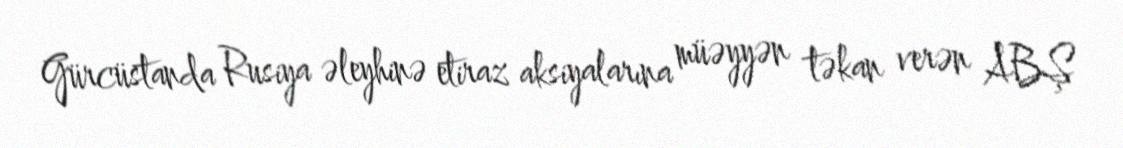
Gürcüstanda Rusiya əleyhinə etiraz aksiyalarına müəyyən təkan verən ABŞ